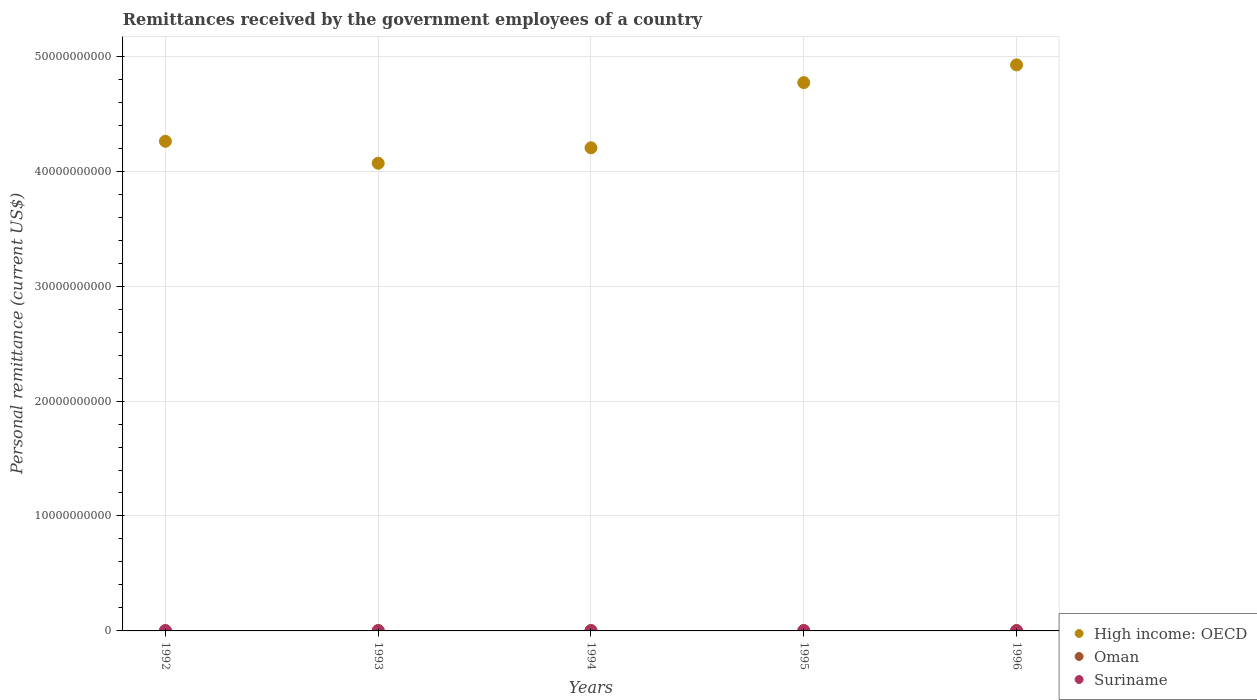
| Years | High income: OECD | Oman | Suriname |
 | --- | --- | --- | --- |
 | 1992 | 4.26e+10 | 3.9e+07 | 4.6e+06 |
 | 1993 | 4.07e+10 | 3.9e+07 | 3.5e+06 |
 | 1994 | 4.2e+10 | 3.9e+07 | 2e+05 |
 | 1995 | 4.77e+10 | 3.9e+07 | 2.67e+05 |
 | 1996 | 4.92e+10 | 3.9e+07 | 3.33e+05 |